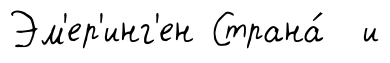
Эм'ер'инг'ен Страна́ и